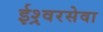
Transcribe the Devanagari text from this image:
ईश्र्वरसेवा